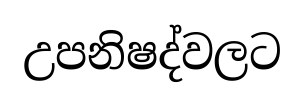
උපනිෂද්වලට